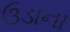
ઉડાના